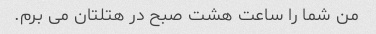
من شما را ساعت هشت صبح در هتلتان می برم.